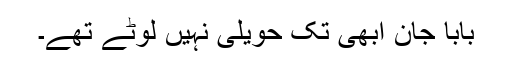
بابا جان ابھی تک حویلی نہیں لوٹے تھے۔